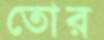
তোর